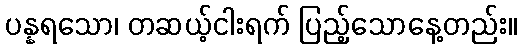
ပန္နရသော၊ တဆယ့်ငါးရက် ပြည့်သောနေ့တည်း။